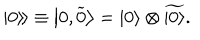
\left. \left| 0 \right\rangle \! \right\rangle \equiv \left| 0 , \widetilde { 0 } \right\rangle = \left| 0 \right\rangle \otimes \widetilde { \left| 0 \right\rangle } .